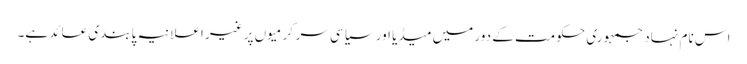
اس نام نہاد جمہوری حکومت کے دور میں میڈیا اور سیاسی سرگرمیوں پر غیر اعلانیہ پابندی عائد ہے۔